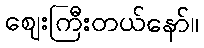
ဈေးကြီးတယ်နော်။